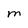
Character: M